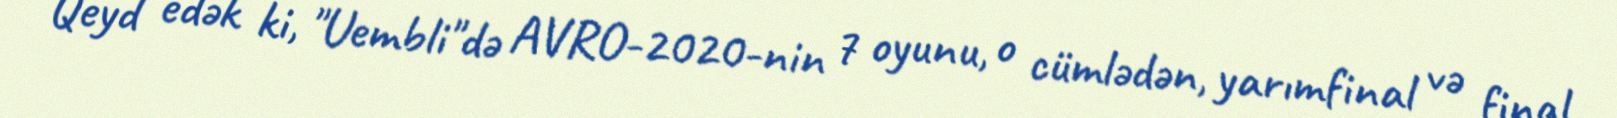
Qeyd edək ki, "Uembli"də AVRO-2020-nin 7 oyunu, o cümlədən, yarımfinal və final